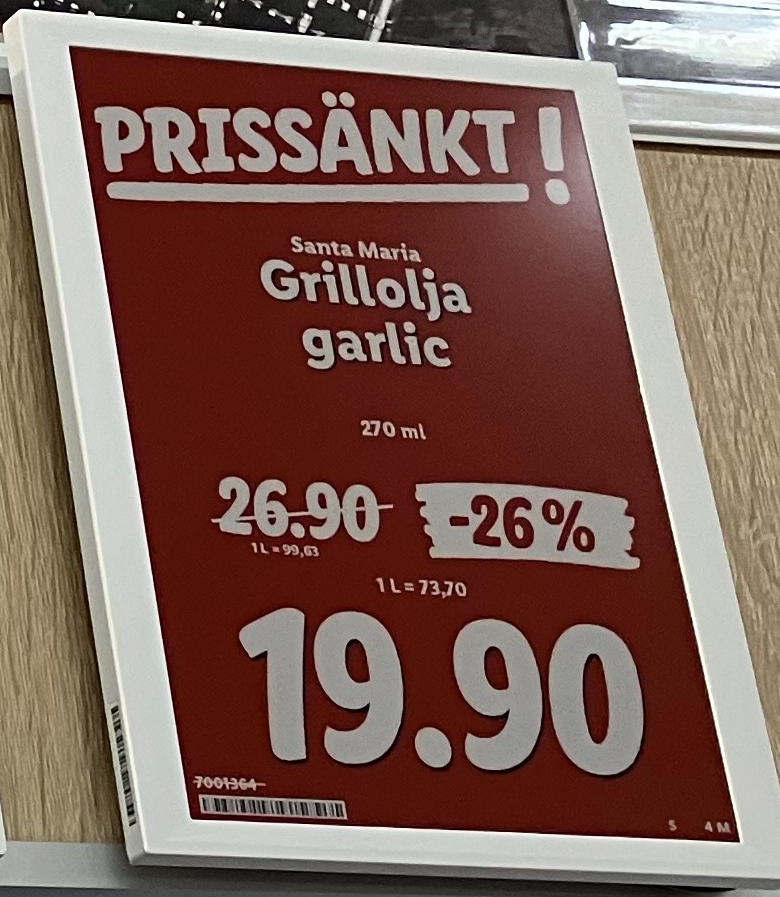
Vara: Grillolja garlic
Genomsnittspris: 23.7 per L